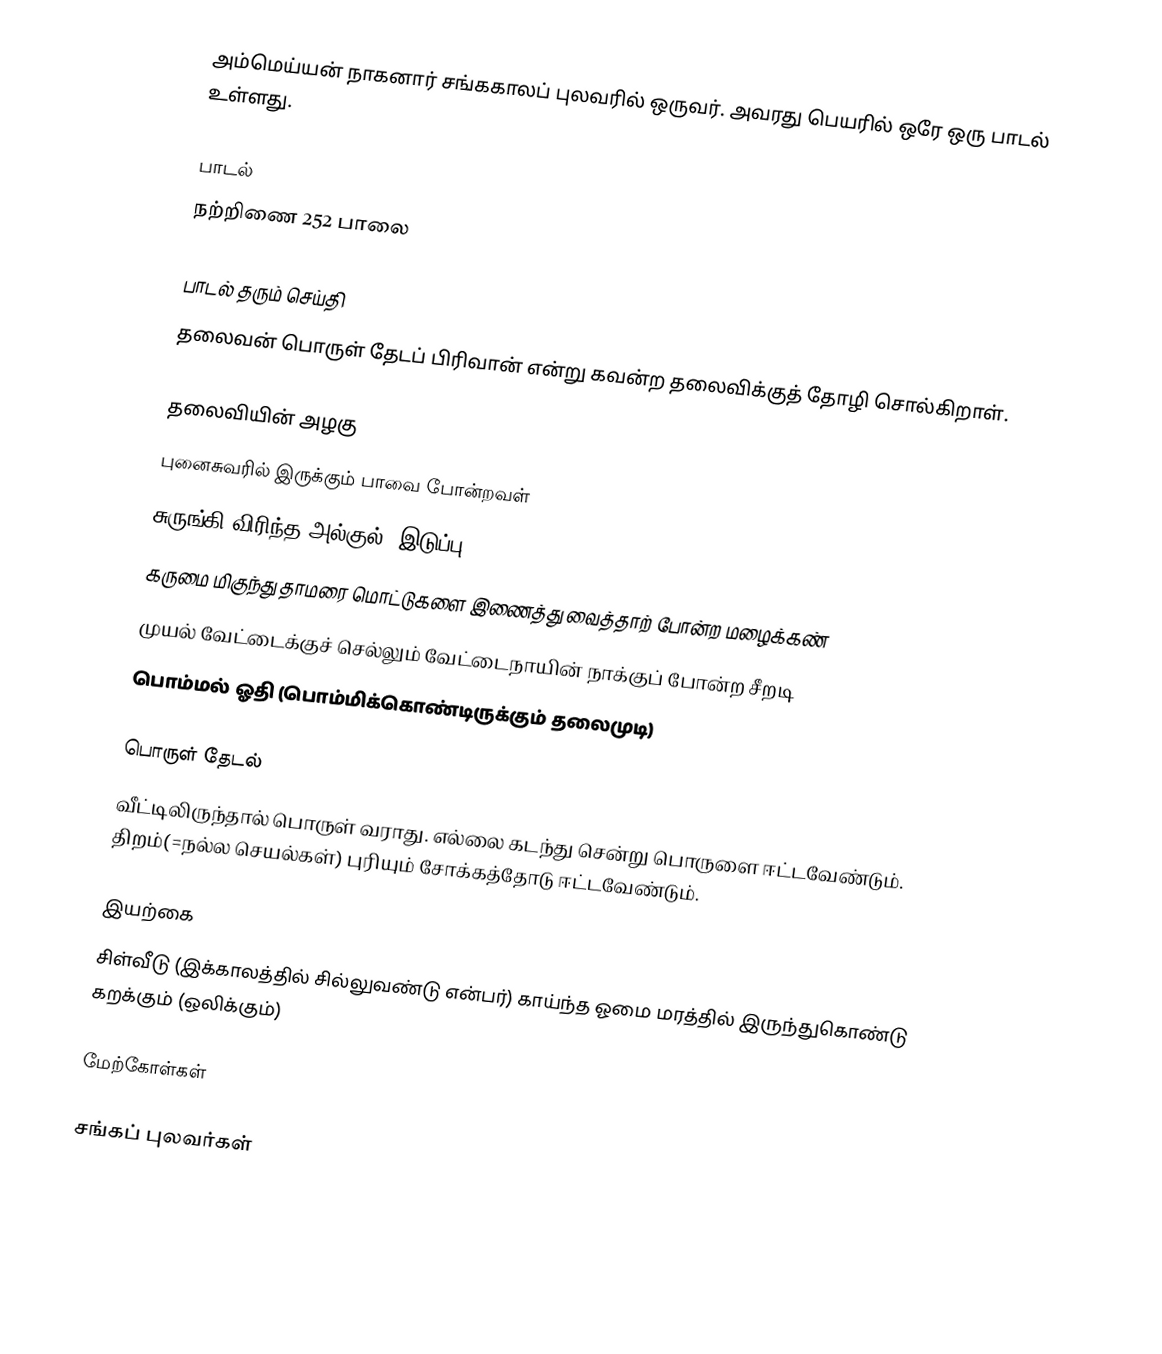
அம்மெய்யன் நாகனார் சங்ககாலப் புலவரில் ஒருவர். அவரது பெயரில் ஒரே ஒரு பாடல் உள்ளது.

பாடல்
நற்றிணை 252 பாலை

பாடல் தரும் செய்தி
தலைவன் பொருள் தேடப் பிரிவான் என்று கவன்ற தலைவிக்குத் தோழி சொல்கிறாள்.

தலைவியின் அழகு
 புனைசுவரில் இருக்கும் பாவை போன்றவள்
 சுருங்கி விரிந்த அல்குல்(=இடுப்பு)
 கருமை மிகுந்து தாமரை மொட்டுகளை இணைத்து வைத்தாற் போன்ற மழைக்கண்
 முயல் வேட்டைக்குச் செல்லும் வேட்டைநாயின் நாக்குப் போன்ற சீறடி
 பொம்மல் ஓதி (பொம்மிக்கொண்டிருக்கும் தலைமுடி)

பொருள் தேடல்
வீட்டிலிருந்தால் பொருள் வராது. எல்லை கடந்து சென்று பொருளை ஈட்டவேண்டும். திறம்(=நல்ல செயல்கள்) புரியும் சோக்கத்தோடு ஈட்டவேண்டும்.

இயற்கை
சிள்வீடு (இக்காலத்தில் சில்லுவண்டு என்பர்) காய்ந்த ஓமை மரத்தில் இருந்துகொண்டு கறக்கும் (ஒலிக்கும்)

மேற்கோள்கள்

சங்கப் புலவர்கள்